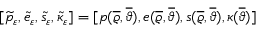
[ \widetilde { p } _ { \varepsilon } , \widetilde { e } _ { \varepsilon } , \widetilde { s } _ { \varepsilon } , \widetilde { \kappa } _ { \varepsilon } ] = [ p ( \overline { { \varrho } } , \overline { { \vartheta } } ) , e ( \overline { { \varrho } } , \overline { { \vartheta } } ) , s ( \overline { { \varrho } } , \overline { { \vartheta } } ) , \kappa ( \overline { { \vartheta } } ) ]